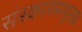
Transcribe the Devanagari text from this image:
संस्कारमयूखः